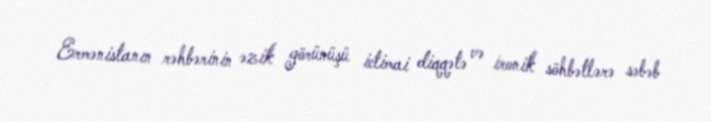
Ermənistanın rəhbərinin əzik görünüşü ictimai diqqətə və ironik söhbətlərə səbəb